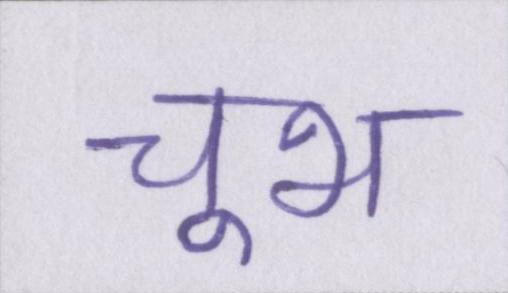
चूभ